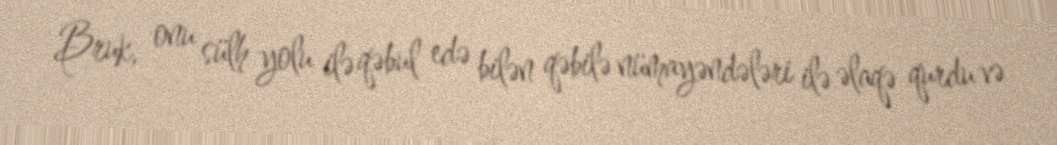
Bruk, onu sülh yolu ilə qəbul edə bilən qəbilə nümayəndələri ilə əlaqə qurdu və